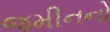
જમીનનો